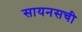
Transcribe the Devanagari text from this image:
सायनसची